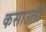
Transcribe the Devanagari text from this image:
कसाउली